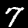
Label: 7